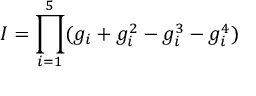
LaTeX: { \cal I } = \prod _ { i = 1 } ^ { 5 } ( g _ { i } + g _ { i } ^ { 2 } - g _ { i } ^ { 3 } - g _ { i } ^ { 4 } )